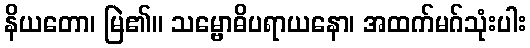
နိယတော၊ မြဲ၏။ သမ္ဗောဓိပရာယနော၊ အထက်မဂ်သုံးပါး